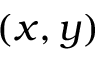
( x , y )